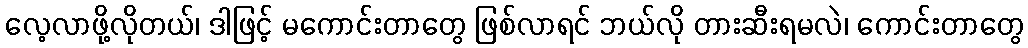
လေ့လာဖို့လိုတယ်၊ ဒါဖြင့် မကောင်းတာတွေ ဖြစ်လာရင် ဘယ်လို တားဆီးရမလဲ၊ ကောင်းတာတွေ